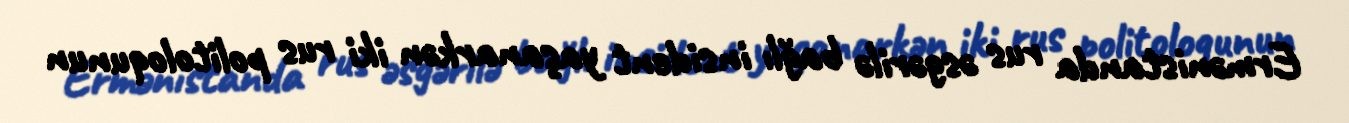
Ermənistanda rus əsgərilə bağlı insident yaşanarkən iki rus politoloqunun